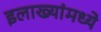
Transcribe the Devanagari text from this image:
इलाख्यांमध्ये